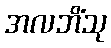
အလဘိံသု